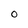
Character: 0